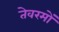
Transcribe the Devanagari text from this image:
तेवरमों